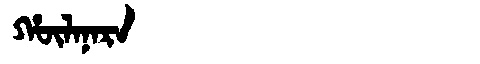
Manchu: ᡥᡡᠯᠠᠨᠠᡵᠠ
Romanization: HŪLANARA